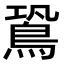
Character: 𪀛